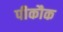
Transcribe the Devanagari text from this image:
पीकौक